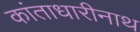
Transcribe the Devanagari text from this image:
कांताधारीनाथ